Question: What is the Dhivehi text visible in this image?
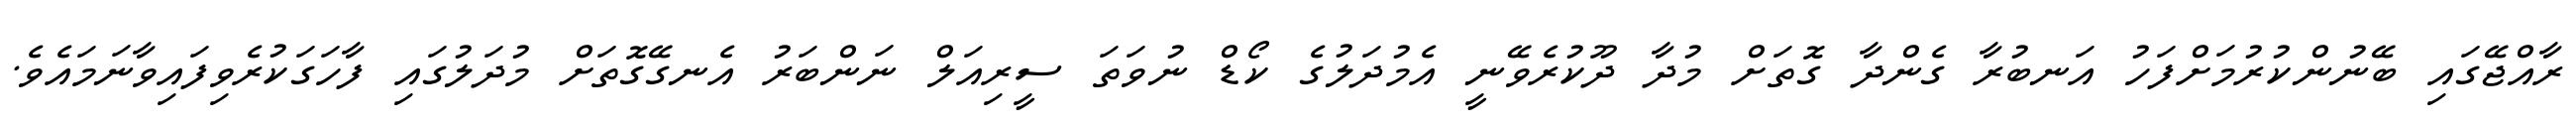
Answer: ރާއްޖޭގައި ބޭނުންކުރުމަށްފަހު އަނބުރާ ގެންދާ ގޮތަށް މުދާ ދޫކުރެވޭނީ އެމުދަލުގެ ކޯޑް ނުވަތަ ސީރިއަލް ނަންބަރު އެނގޭގޮތަށް މުދަލުގައި ފާހަގަކުރެވިފައިވާނަމައެވެ.